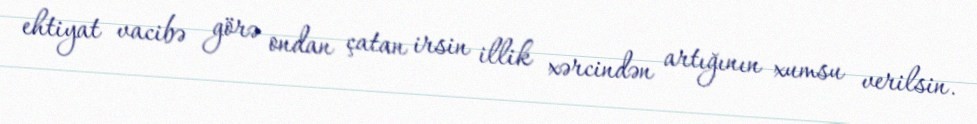
ehtiyat vacibə görə ondan çatan irsin illik xərcindən artığının xumsu verilsin.